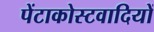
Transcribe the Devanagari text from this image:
पेंटाकोस्टवादियों